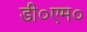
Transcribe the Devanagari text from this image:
डी०एम०